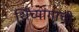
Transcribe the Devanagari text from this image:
शिंच्यांगाची